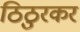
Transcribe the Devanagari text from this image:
ठिठुरकर